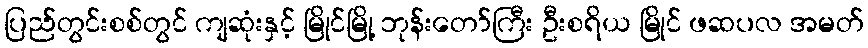
ပြည်တွင်းစစ်တွင် ကျဆုံးနှင့် မြိုင်မြို့ ဘုန်းတော်ကြီး ဦးစရိယ မြိုင် ဖဆပလ အမတ်